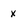
Character: X